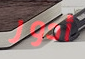
أدور